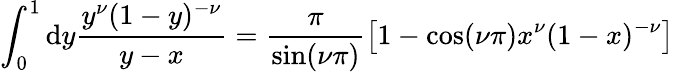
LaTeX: \int_{0}^{1}\mathrm{d}y\frac{{y^{\nu}(1-y)^{-\nu}}}{{y-x}}=\frac{{\pi}}{{\sin(\nu\pi)}}\left[1-\cos(\nu\pi)x^{\nu}(1-x)^{-\nu}\right]